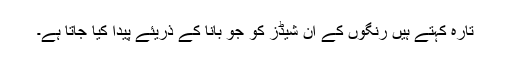
تارہ کہتے ہیں رنگوں کے ان شیڈز کو جو بانا کے ذریئے پیدا کیا جاتا ہے۔